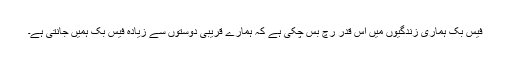
فیس بک ہماری زندگیوں میں اس قدر رچ بس چکی ہے کہ ہمارے قریبی دوستوں سے زیادہ فیس بک ہمیں جانتی ہے۔